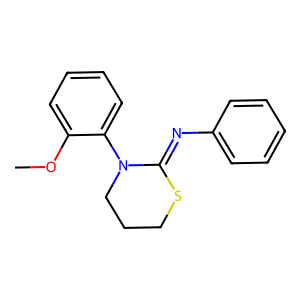
SMILES: COc1ccccc1N1CCCSC1=Nc1ccccc1
Inhibits HIV replication: Yes